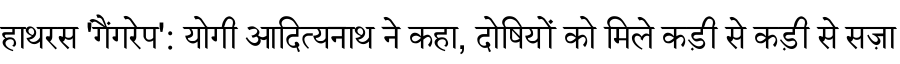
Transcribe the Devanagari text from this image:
हाथरस 'गैंगरेप': योगी आदित्यनाथ ने कहा, दोषियों को मिले कड़ी से कड़ी से सज़ा